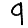
Digit: 9